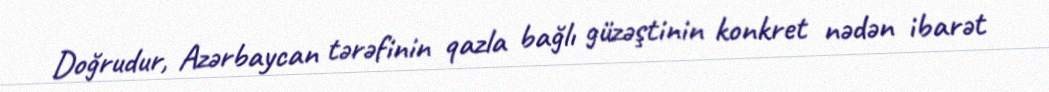
Doğrudur, Azərbaycan tərəfinin qazla bağlı güzəştinin konkret nədən ibarət